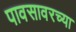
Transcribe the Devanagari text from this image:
पावसावरच्या